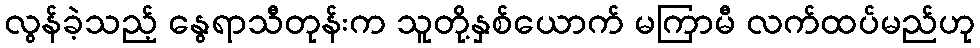
လွန်ခဲ့သည့် နွေရာသီတုန်းက သူတို့နှစ်ယောက် မကြာမီ လက်ထပ်မည်ဟု